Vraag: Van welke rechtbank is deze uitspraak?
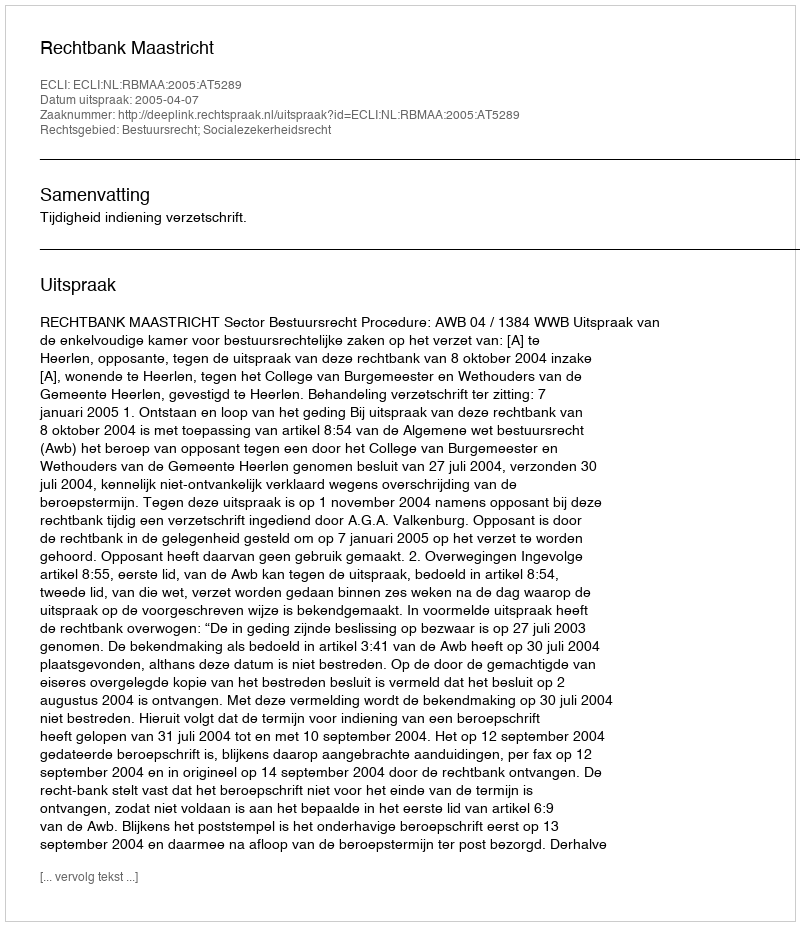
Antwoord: Rechtbank Maastricht